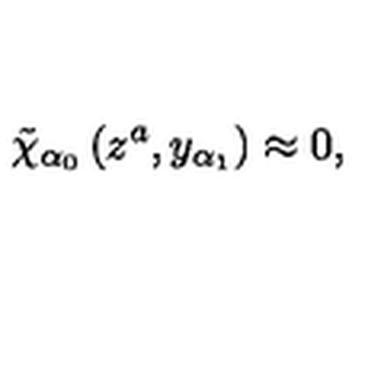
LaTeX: \tilde { \chi } _ { \alpha _ { 0 } } \left( z ^ { a } , y _ { \alpha _ { 1 } } \right) \approx 0 ,